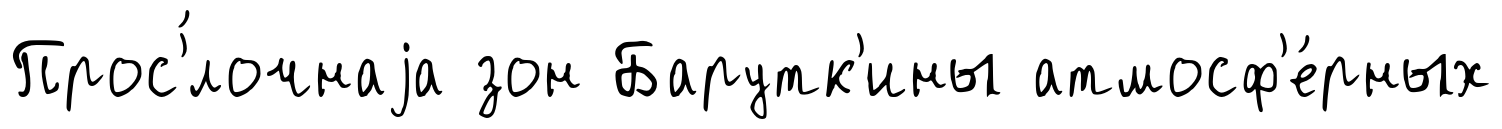
Прос'́лочнаjа зон Барутк'ины атмосф'е́рных